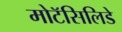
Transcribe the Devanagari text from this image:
मोटॅसिलिडे